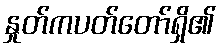
နှုတ်ကပတ်တော်ရှိ၏